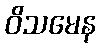
ဝိသမေန